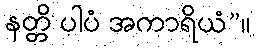
နတ္တိ ပါပံ အကာရိယံ”။